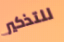
للتذكير